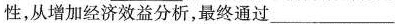
性，从增加经济效益分析，最终通过___